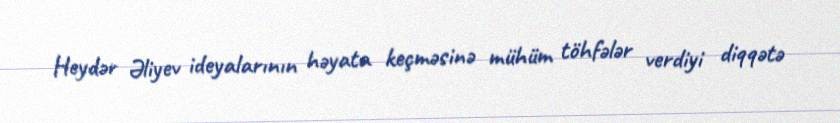
Heydər Əliyev ideyalarının həyata keçməsinə mühüm töhfələr verdiyi diqqətə